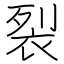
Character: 裂